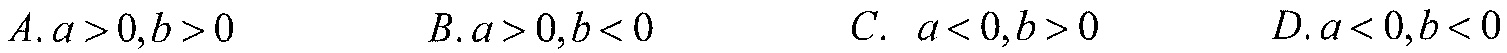
\(A.a > 0,b > 0\)  \(\ \ \ \ \ \ B.a > 0,b < 0\)  \(\ \ \ \ \ \ C.\ a < 0,b > 0\)  \(\ \ \ \ \ \ D.a < 0,b < 0\)